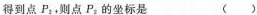
得到点P_{2},则点P_{2}的坐标是 （